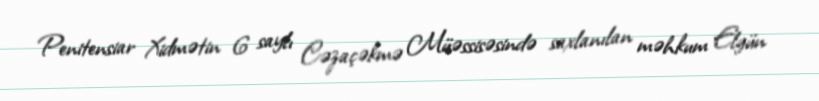
Penitensiar Xidmətin 6 saylı Cəzaçəkmə Müəssisəsində saxlanılan məhkum Elgün